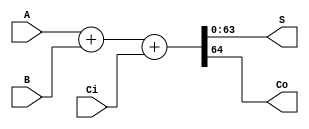
module Adder64(A, B, Ci, S, Co);

input[63:0] A;
input[63:0] B;
input Ci;
output[63:0] S;
output Co;
wire[64:0] Sum;
assign Sum = A + B + Ci ;
assign S = Sum[63:0] ;
assign Co = Sum[64] ;
endmodule